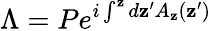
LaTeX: \Lambda=Pe^{i\int^{\mathbf{z}}d\mathbf{z}^{\prime}A_{\mathbf{z}}(\mathbf{z}^{\prime})}